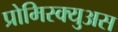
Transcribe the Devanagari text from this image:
प्रोमिस्क्युअस